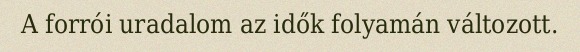
A forrói uradalom az idők folyamán változott.